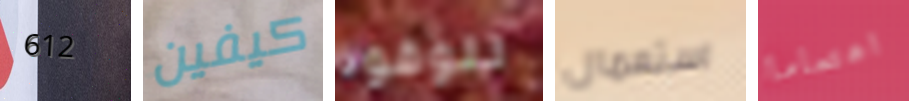
612 كيفين للوقود استعمال اهتماما